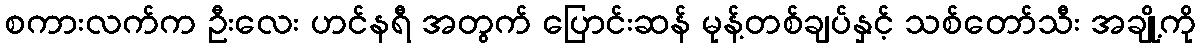
စကားလက်က ဦးလေး ဟင်နရီ အတွက် ပြောင်းဆန် မုန့်တစ်ချပ်နှင့် သစ်တော်သီး အချို့ကို